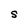
Character: S